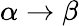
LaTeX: \alpha\rightarrow\beta